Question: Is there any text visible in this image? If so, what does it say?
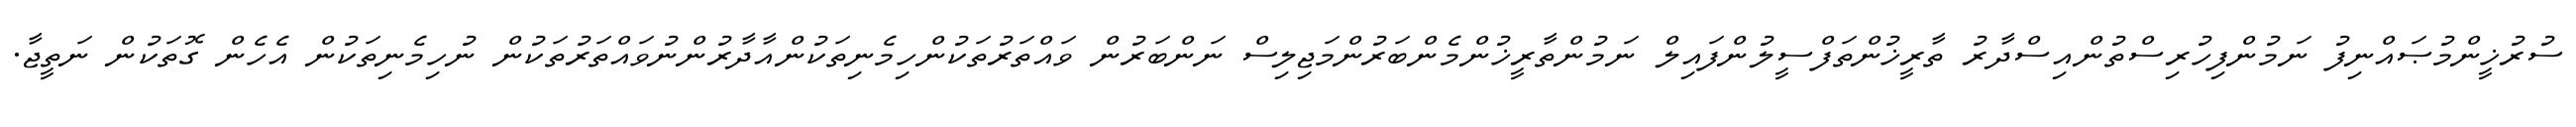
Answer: ސުރުޚީންމުޞައްނިފު ނަމުންފިހުރިސްތުންއިސްދާރު ތާރީޚުންތަފްސީލުންފައިލް ނަމުންތާރީޚުންމެންބަރުންމަޖިލިސް ނަންބަރުން ވައްތަރުތަކުންހިމެނިތަކުންއާދާރުންނުވައްތަރުތަކުން ނުހިމެނިތަކުން އެހެން ގޮތަކުން ނަތީޖާ.